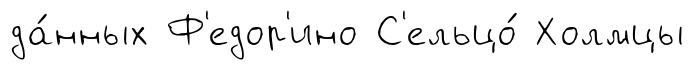
да́нных Ф'едор'ино С'ельцо́ Холмцы